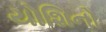
યોશિનો